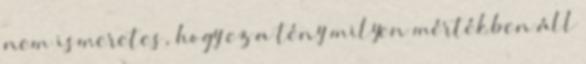
nem ismeretes, hogy ez a tény milyen mértékben áll